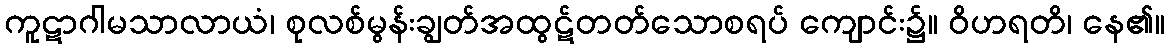
ကူဋာဂါမသာလာယံ၊ စုလစ်မွန်းချွတ်အထွဋ်တတ်သောစရပ် ကျောင်း၌။ ဝိဟရတိ၊ နေ၏။